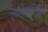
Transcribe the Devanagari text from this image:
एकमेकांसापेक्ष